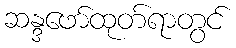
ဆန္ဒဖော်ထုတ်ရာတွင်